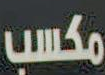
مكسب